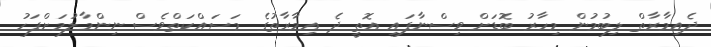
ދެއިމާރާތް ލިބުމުން މިހާރު ބޮޑަށް ވިސްނާފައި އޮތީ ދެ އިމާރާތުގެ މަސައްކަތްވެސް ނިންމާލުމަށްފަހު